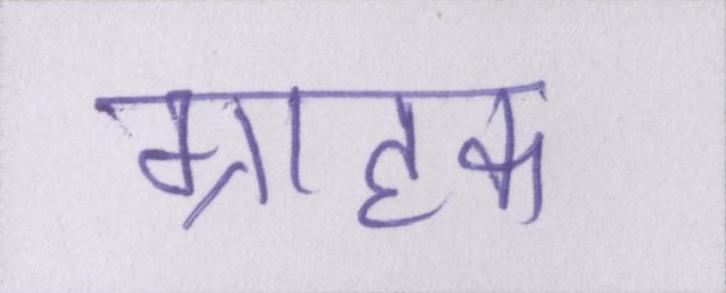
ग्राहक